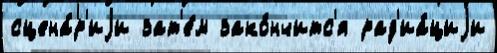
сцена́р'иjи зат'е́м зако́нчитс'я рад'иа́циjи